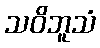
သဝိဘူသံ